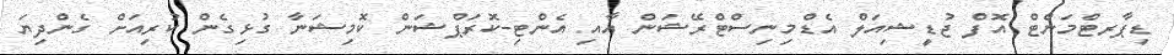
ޑިޕާރޓްމަންޓް އޮފް ޖުޑީޝިއަލް އެޑްމިނިސްޓްރޭޝަން އާއި އެންޓި-ކޮރަޕްޝަން ކޮމިޝަނާ ގުޅިގެން ކުރިއަށް ގެންދިޔަ